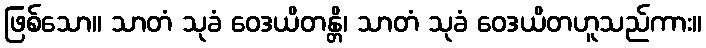
ဖြစ်သော။ သာတံ သုခံ ဝေဒယိတန္တိ၊ သာတံ သုခံ ဝေဒယိတဟူသည်ကား။